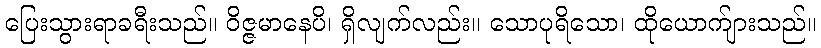
ပြေးသွားရာခရီးသည်။ ဝိဇ္ဇမာနေပိ၊ ရှိလျက်လည်း။ သောပုရိသော၊ ထိုယောက်ျားသည်။